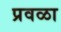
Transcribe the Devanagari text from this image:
प्रवळा